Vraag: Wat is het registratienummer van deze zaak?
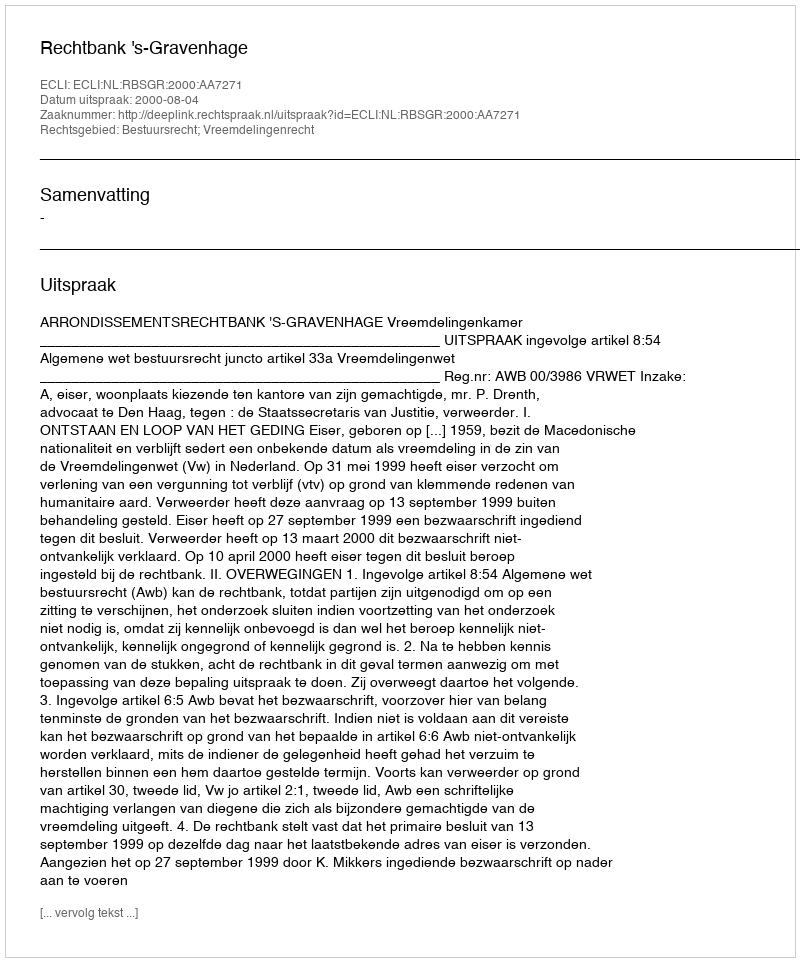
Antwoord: http://deeplink.rechtspraak.nl/uitspraak?id=ECLI:NL:RBSGR:2000:AA7271